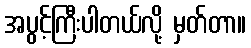
အပွင့်ကြီးပါတယ်လို့ မှတ်တာ။